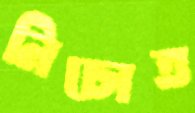
নিচোত